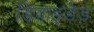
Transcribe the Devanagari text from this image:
डिवाइडेड